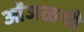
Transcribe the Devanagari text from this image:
ओंजळची